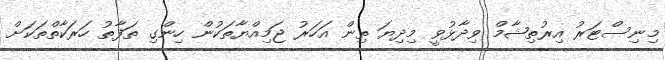
މިނިސްޓަރު އިރުތިޝާމް ވިދާޅުވީ މިދިޔަ ތިން އަހަރު ޖަމިއްޔާތަކުން ހިންގި ތަފާތު ހަރަކާތްތަކަށް